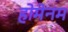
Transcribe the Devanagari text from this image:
होमेनम